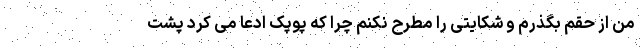
من از حقم بگذرم و شکایتی را مطرح نکنم چرا که پوپک ادعا می کرد پشت